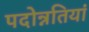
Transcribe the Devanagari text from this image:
पदोन्नतियां